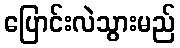
ပြောင်းလဲသွားမည်